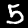
Digit: 5